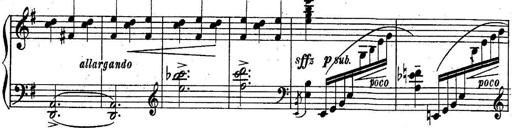
Title: Sonatine
Composer: Adrian Shaposhnikov
Key: E minor